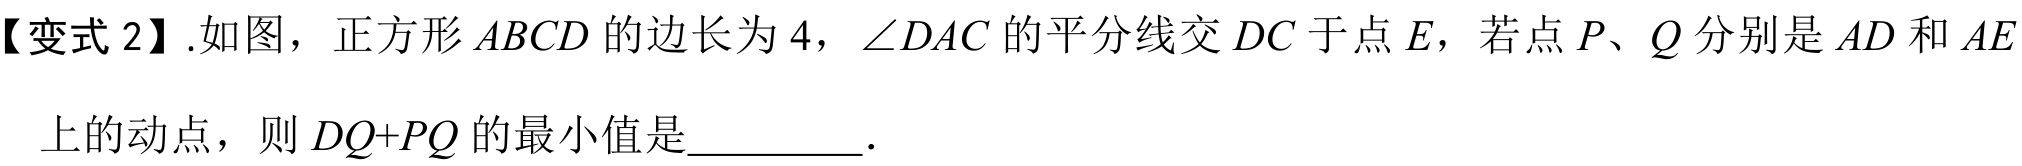
【变式2】.如图，正方形\(ABCD\)的边长为\(4\)，\(\angle DAC\)的平分线交\(DC\)于点\(E\)，若点\(P、Q\)分别是\(AD\)和\(AE\)上的动点，则\(DQ + PQ\)的最小值是________．